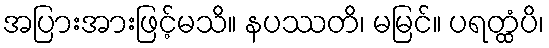
အပြားအားဖြင့်မသိ။ နပဿတိ၊ မမြင်။ ပရတ္ထံပိ၊